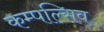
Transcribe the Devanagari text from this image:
कम्पल्सिव